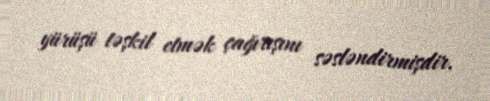
yürüşü təşkil etmək çağırışını səsləndirmişdir.